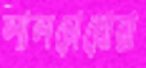
লালচোখোরা